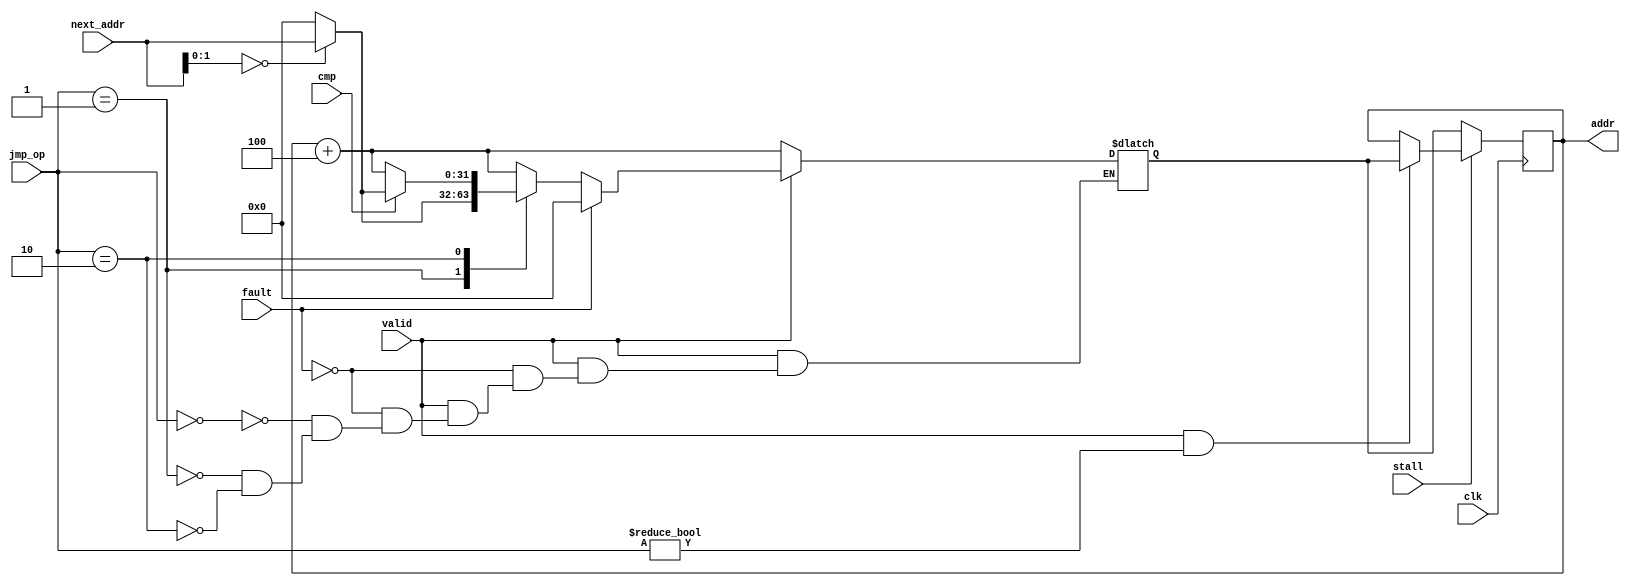
module pc(
	input wire stall, //Fetch unit processed the previous instruction
	input wire [1:0] jmp_op,
	input wire [31:0] next_addr,
	input wire valid, // ALU-WB valid
	input wire cmp,
	input wire fault,
	input wire clk,
	output [31:0] addr
);

reg [31:0] addr = 0;
reg [31:0] nxt_loc;
assign next_addr_aligned = next_addr[1:0] == 0;

always @* begin

if (valid) begin
	if (fault) begin
		nxt_loc = 0;
	end else
		case (jmp_op)
			0: nxt_loc = addr + 4;
			1: nxt_loc = next_addr_aligned ? next_addr : 0;
			2: begin
				if (cmp) begin
					nxt_loc = next_addr_aligned ? next_addr : 0;
				end else begin
					nxt_loc = addr + 4;
				end
			end
		endcase
end else begin
	nxt_loc = addr + 4;
end

end

always @(posedge clk) begin
	if (!stall)
		addr <= nxt_loc;
	else if (valid && jmp_op != 0)
		addr <= nxt_loc;
end

endmodule